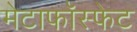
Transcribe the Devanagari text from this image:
मेटाफॉस्फेट